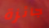
جائزة